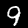
Digit: 9